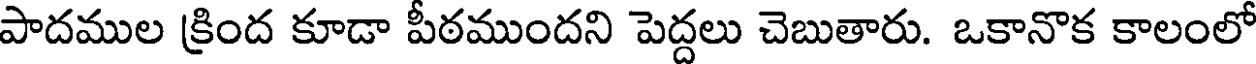
పాదముల క్రింద కూడా పీఠముందని పెద్దలు చెబుతారు. ఒకానొక కాలంలో